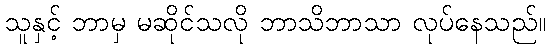
သူနှင့် ဘာမှ မဆိုင်သလို ဘာသိဘာသာ လုပ်နေသည်။